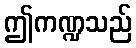
ဤကဏ္ဍသည်